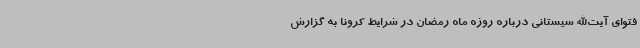
فتوای آیت‌الله سیستانی درباره روزه ماه رمضان در شرایط کرونا به گزارش